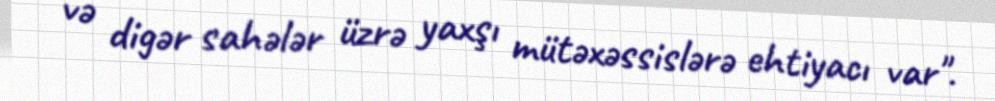
və digər sahələr üzrə yaxşı mütəxəssislərə ehtiyacı var".